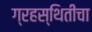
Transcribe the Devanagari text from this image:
ग्रहस्थितीचा